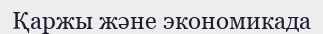
Қаржы және экономикада